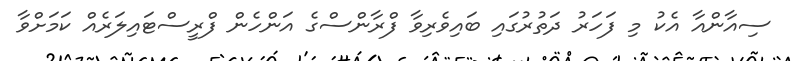
ސިއާންއާ އެކު މި ފަހަރު ދަތުރުގައި ބައިވެރިވާ ފްރާންސްގެ އަންހެން ފްރީސްޓައިލަރެއް ކަމަށްވާ